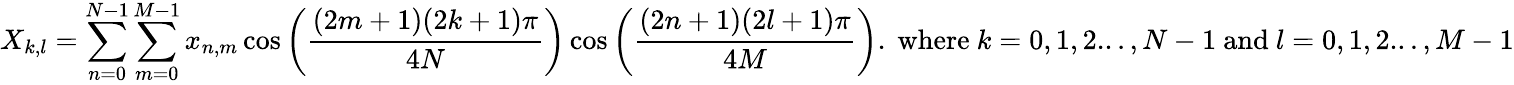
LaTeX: X_{k,l}=\sum_{n=0}^{N-1}\sum_{m=0}^{M-1}x_{n,m}\cos\left({\frac{(2m+1)(2k+1)\pi}{4N}}\right)\cos\left({\frac{(2n+1)(2l+1)\pi}{4M}}\right){\mathrm{.~where~}}k=0,1,2...,N-1{\mathrm{~and~}}l=0,1,2...,M-1